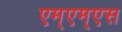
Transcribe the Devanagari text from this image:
एम्एम्एस